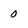
Character: 0